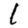
Digit: 1